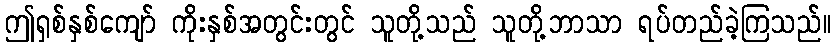
ဤရှစ်နှစ်ကျော် ကိုးနှစ်အတွင်းတွင် သူတို့သည် သူတို့ဘာသာ ရပ်တည်ခဲ့ကြသည်။